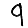
Digit: 9